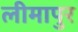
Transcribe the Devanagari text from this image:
लीमापुर